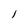
Character: 1